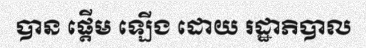
បាន ផ្តើម ឡើង ដោយ រដ្ឋាភិបាល